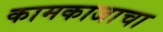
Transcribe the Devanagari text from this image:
कामकाजाचा